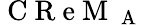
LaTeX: \mathrm{~C~R~e~M~}_{\mathrm{~A~}}